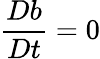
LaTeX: \frac{Db}{Dt}=0